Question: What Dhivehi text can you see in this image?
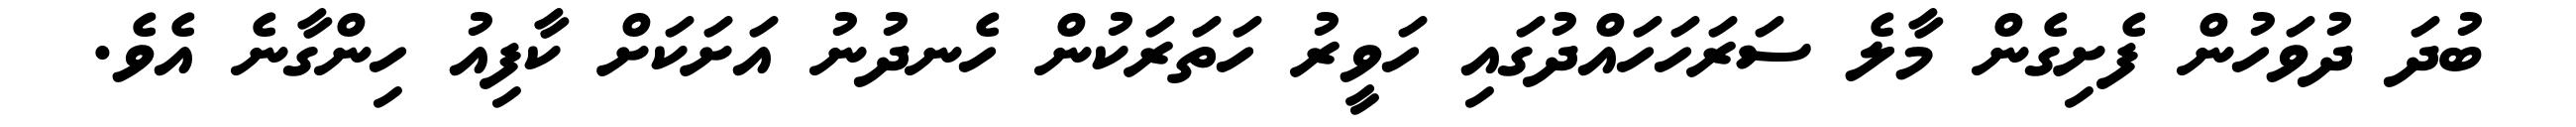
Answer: ބުދަ ދުވަހުން ފެށިގެން މާލެ ސަރަހަހައްދުގައި ހަވީރު ހަތަރަކުން ހެނދުނު އަށަކަށް ކާފިއު ހިންގާނެ އެވެ.